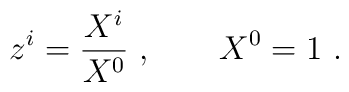
z^i={X^i \over X^0} \ ,  \qquad  X^0=1 \ .